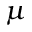
\mu